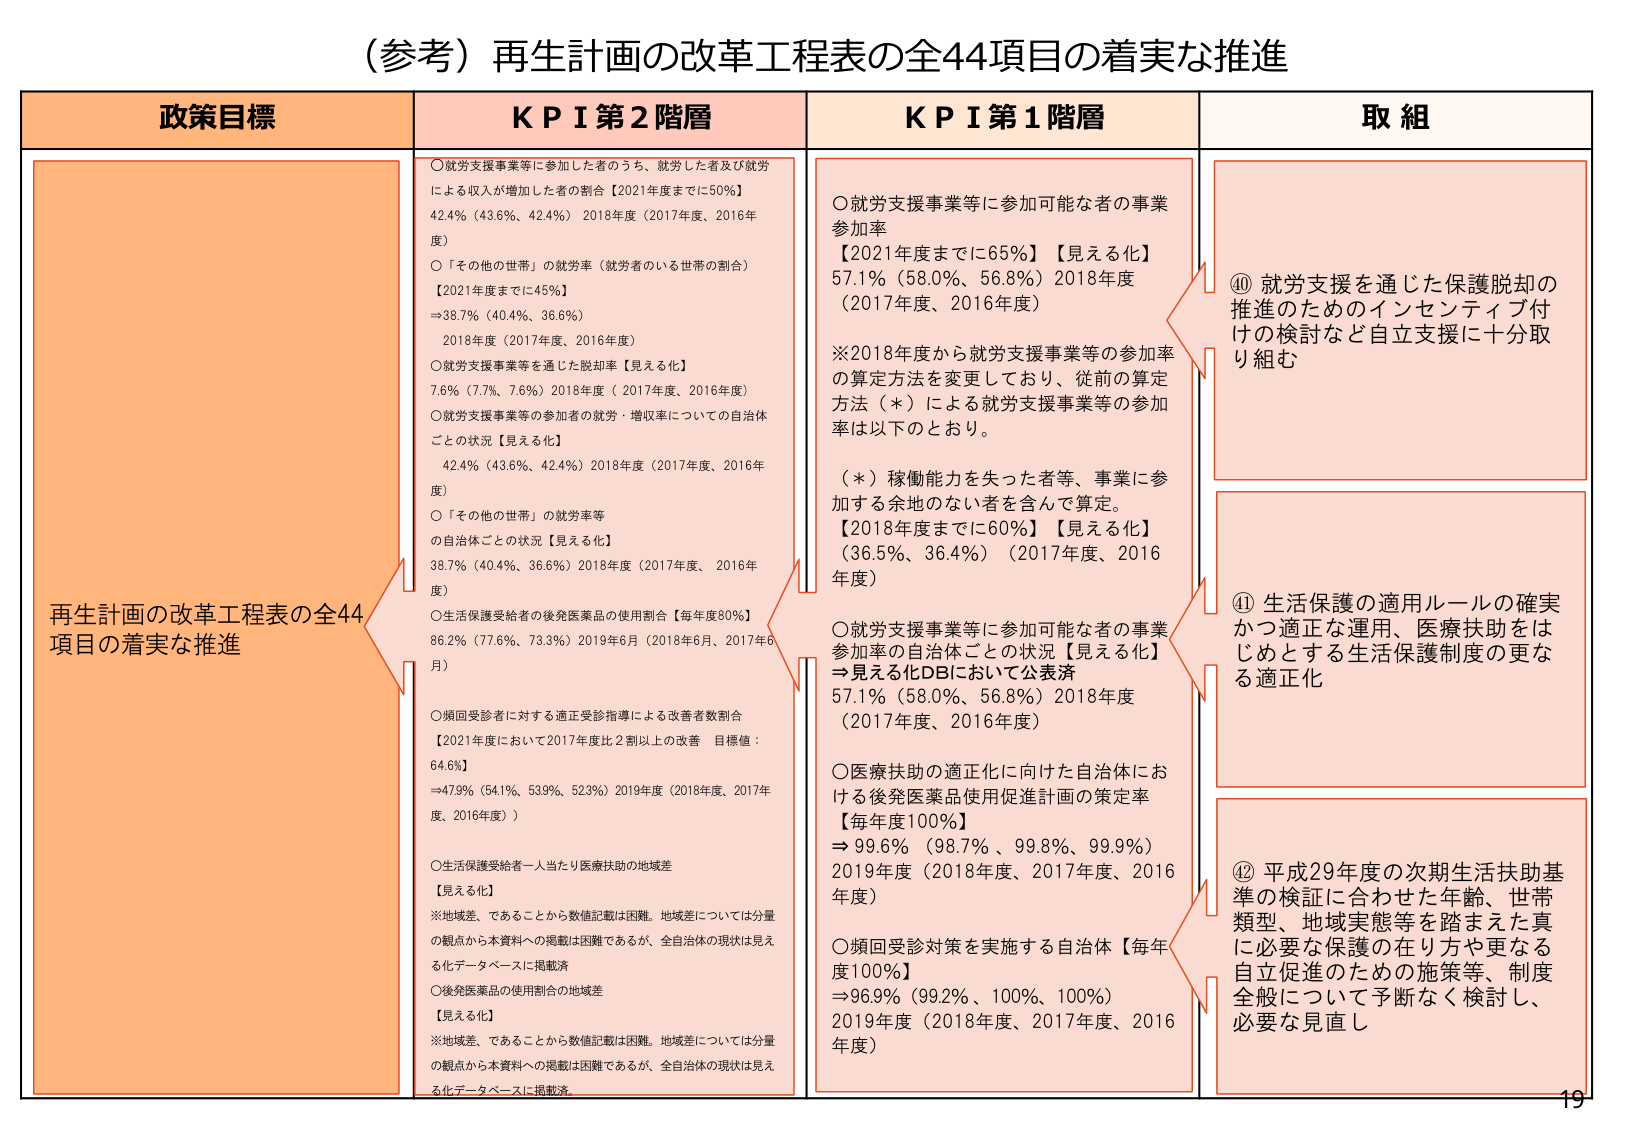
（参考）再生計画の改革工程表の全44項目の着実な推進

政策目標
再生計画の改革工程表の全44項目の着実な推進

KPI 第2階層
○就労支援事業等に参加した者のうち、就労した者及び就労による収入が増加した者の割合【2021年度までに50％】
42.4％（43.6％、42.4％）2018年度（2017年度、2016年度）
○「その他の世帯」の就労率（就労者のいる世帯の割合）
【2021年度までに45％】
⇒38.7％（40.4％、36.6％）
2018年度（2017年度、2016年度）
○就労支援事業等を通じた脱却率【見える化】
7.6％（7.7％、7.6％）2018年度（2017年度、2016年度）
○就労支援事業等の参加者の就労・増収率についての自治体ごとの状況【見える化】
42.4％（43.6％、42.4％）2018年度（2017年度、2016年度）
○「その他の世帯」の就労率等
の自治体ごとの状況【見える化】
38.7％（40.4％、36.6％）2018年度（2017年度、2016年度）
○生活保護受給者の後発医薬品の使用割合【毎年度80％】
86.2％（77.6％、73.3％）2019年6月（2018年6月、2017年6月）
○頻回受診者に対する適正受診指導による改善者数割合
【2021年度において2017年度比2割以上の改善 目標値：64.6％】
⇒47.9％（54.1％、53.9％、52.3％）2019年度（2018年度、2017年度、2016年度）
○生活保護受給者一人当たり医療扶助の地域差
【見える化】
※地域差、であることから数値記載は困難。地域差については分量の観点から本資料への掲載は困難であるが、全自治体の現状は見える化データベースに掲載済
○後発医薬品の使用割合の地域差
【見える化】
※地域差、であることから数値記載は困難。地域差については分量の観点から本資料への掲載は困難であるが、全自治体の現状は見える化データベースに掲載済

KPI 第1階層
○就労支援事業等に参加可能な者の事業参加率
【2021年度までに65％】【見える化】
57.1％（58.0％、56.8％）2018年度（2017年度、2016年度）
※2018年度から就労支援事業等の参加率の算定方法を変更しており、従前の算定方法（＊）による就労支援事業等の参加率は以下のとおり。
（＊）稼働能力を失った者等、事業に参加する余地のない者を含んで算定。
【2018年度までに60％】【見える化】
（36.5％、36.4％）（2017年度、2016年度）
○就労支援事業等に参加可能な者の事業参加率の自治体ごとの状況【見える化】
⇒見える化DBにおいて公表済
57.1％（58.0％、56.8％）2018年度（2017年度、2016年度）
○医療扶助の適正化に向けた自治体における後発医薬品使用促進計画の策定率
【毎年度100％】
⇒99.6％（98.7％、99.8％、99.9％）
2019年度（2018年度、2017年度、2016年度）
○頻回受診対策を実施する自治体【毎年度100％】
⇒96.9％（99.2％、100％、100％）
2019年度（2018年度、2017年度、2016年度）

取組
⑩ 就労支援を通じた保護脱却の推進のためのインセンティブ付けの検討など自立支援に十分取り組む
⑪ 生活保護の適用ルールの確実かつ適正な運用、医療扶助をはじめとする生活保護制度の更なる適正化
⑫ 平成29年度の次期生活扶助基準の検証に合わせた年齢、世帯類型、地域実態等を踏まえた真に必要な保護の在り方や更なる自立促進のための施策等、制度全般について予断なく検討し、必要な見直し

19